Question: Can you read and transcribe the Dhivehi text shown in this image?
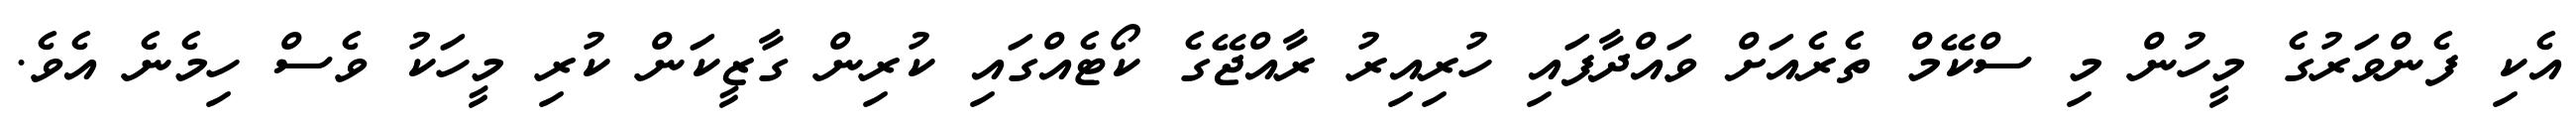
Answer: އެކި ފެންވަރުގެ މީހުން މި ސްކޭމް ތެރެއަށް ވައްދާފައި ހުރިއިރު ރާއްޖޭގެ ކޯޓެއްގައި ކުރިން ގާޒީކަން ކުރި މީހަކު ވެސް ހިމެނެ އެވެ.